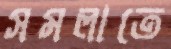
সমলাতে